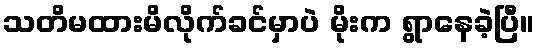
သတိမထားမိလိုက်ခင်မှာပဲ မိုးက ရွာနေခဲ့ပြီ။